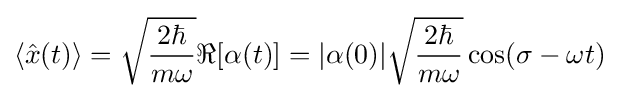
\langle {\hat {x}}(t)\rangle ={\sqrt {\frac {2\hbar }{m\omega }}}\Re [\alpha (t)]=|\alpha (0)|{\sqrt {\frac {2\hbar }{m\omega }}}\cos(\sigma -\omega t)~